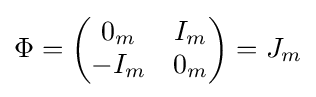
\Phi =\left({\begin{matrix}0_{m}&I_{m}\\-I_{m}&0_{m}\end{matrix}}\right)=J_{m}